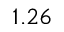
1 . 2 6